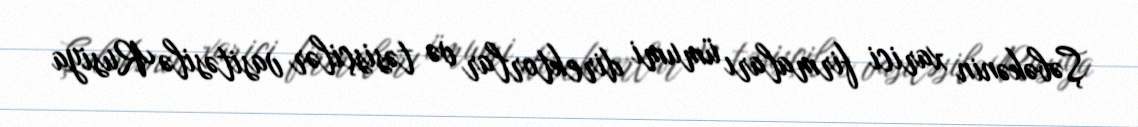
Şəbəkənin xarici firmaları ümumi direktorlar və təsisçilər vasitəsilə Rusiya